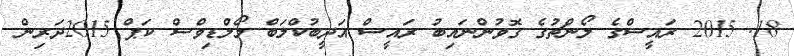
18